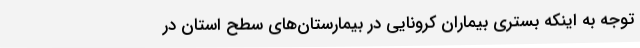
توجه به اینکه بستری بیماران کرونایی در بیمارستان‌های سطح استان در